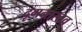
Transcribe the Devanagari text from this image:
दृगन्तस्तव